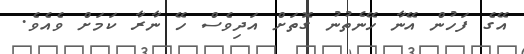
އޭގެ ފަހުން އޭނާ ހޭނެތުނު ގޮތަށް އަދިވެސް ހޭ ނާރާ ކަމަށް ވެއެވެ.